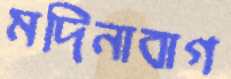
মদিনাবাগ